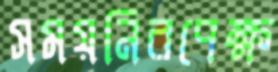
সময়নিরপেক্ষ